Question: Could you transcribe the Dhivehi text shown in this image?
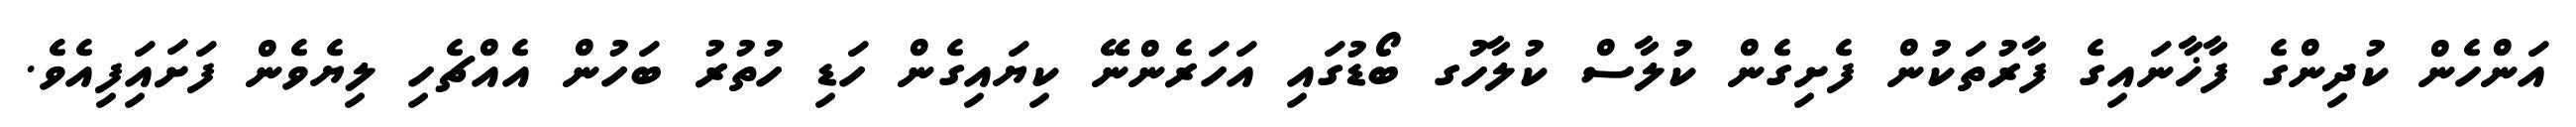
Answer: އަންހެން ކުދިންގެ ފާޚާނައިގެ ފާރުތަކުން ފެށިގެން ކުލާސް ކުލާހުގ ބޯޑުގައި އަހަރެންނޭ ކިޔައިގެން ހަޑި ހުތުރު ބަހުން އެއްޗެހި ލިޔެވެން ފަށައަިފިއެވެ.